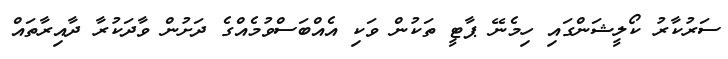
ސަރުކާރު ކޯލީޝަންގައި ހިމެނޭ ޕާޓީ ތަކުން ވަކި އެއްބަސްވުމެއްގެ ދަށުން ވާދަކުރާ ދާއިރާތައް